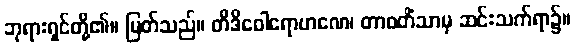
ဘုရားရှင်တို့၏။ မြတ်သည်။ တိဒိဝေါရောဟဏေ၊ တာဝတိံသာမှ ဆင်းသက်ရာ၌။